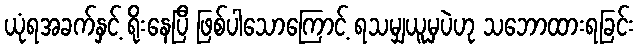
ယုံရအခက်နှင့် ရိုးနေပြီ ဖြစ်ပါသောကြောင့် ရသမျှယူမှပဲဟု သဘောထားရခြင်း